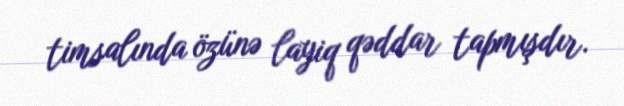
timsalında özünə layiq qəddar tapmışdır.